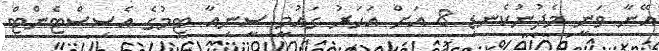
އޭނާ ވަނީ މެދުނުކެނޑި 8 އަށް އަހަރު ގައުމީ ސީނިއާ ޓީމުގެ އެސިސްޓެންޓް